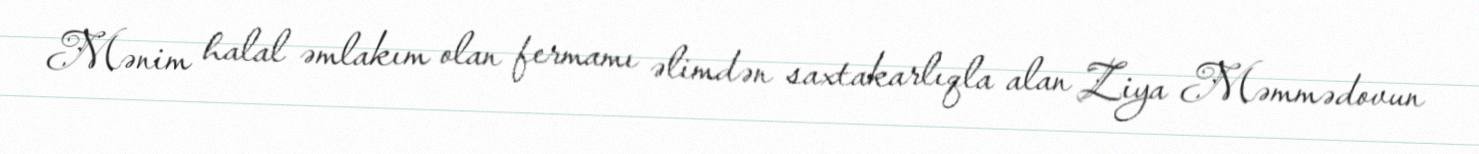
Mənim halal əmlakım olan fermamı əlimdən saxtakarlıqla alan Ziya Məmmədovun